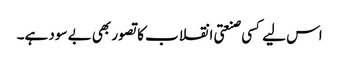
اس لیے کسی صنعتی انقلاب کا تصور بھی بے سود ہے۔